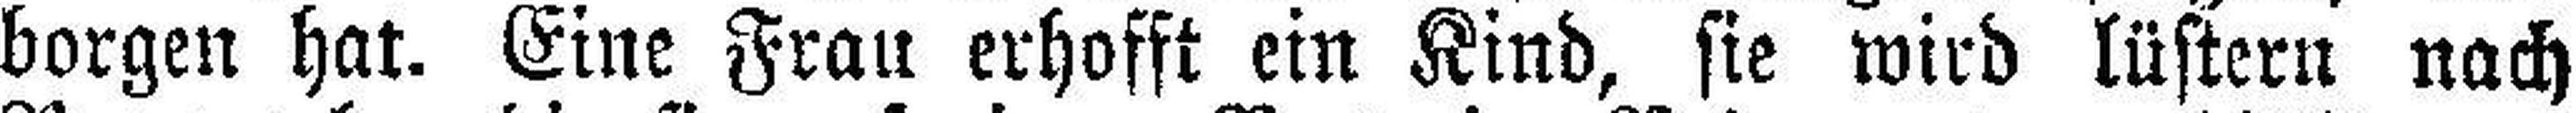
borgen hat. Eine Frau erhofft ein Kind, sie wird lüstern nach